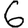
Digit: 6